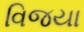
વિજયા